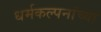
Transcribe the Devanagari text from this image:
धर्मकल्पनांच्या